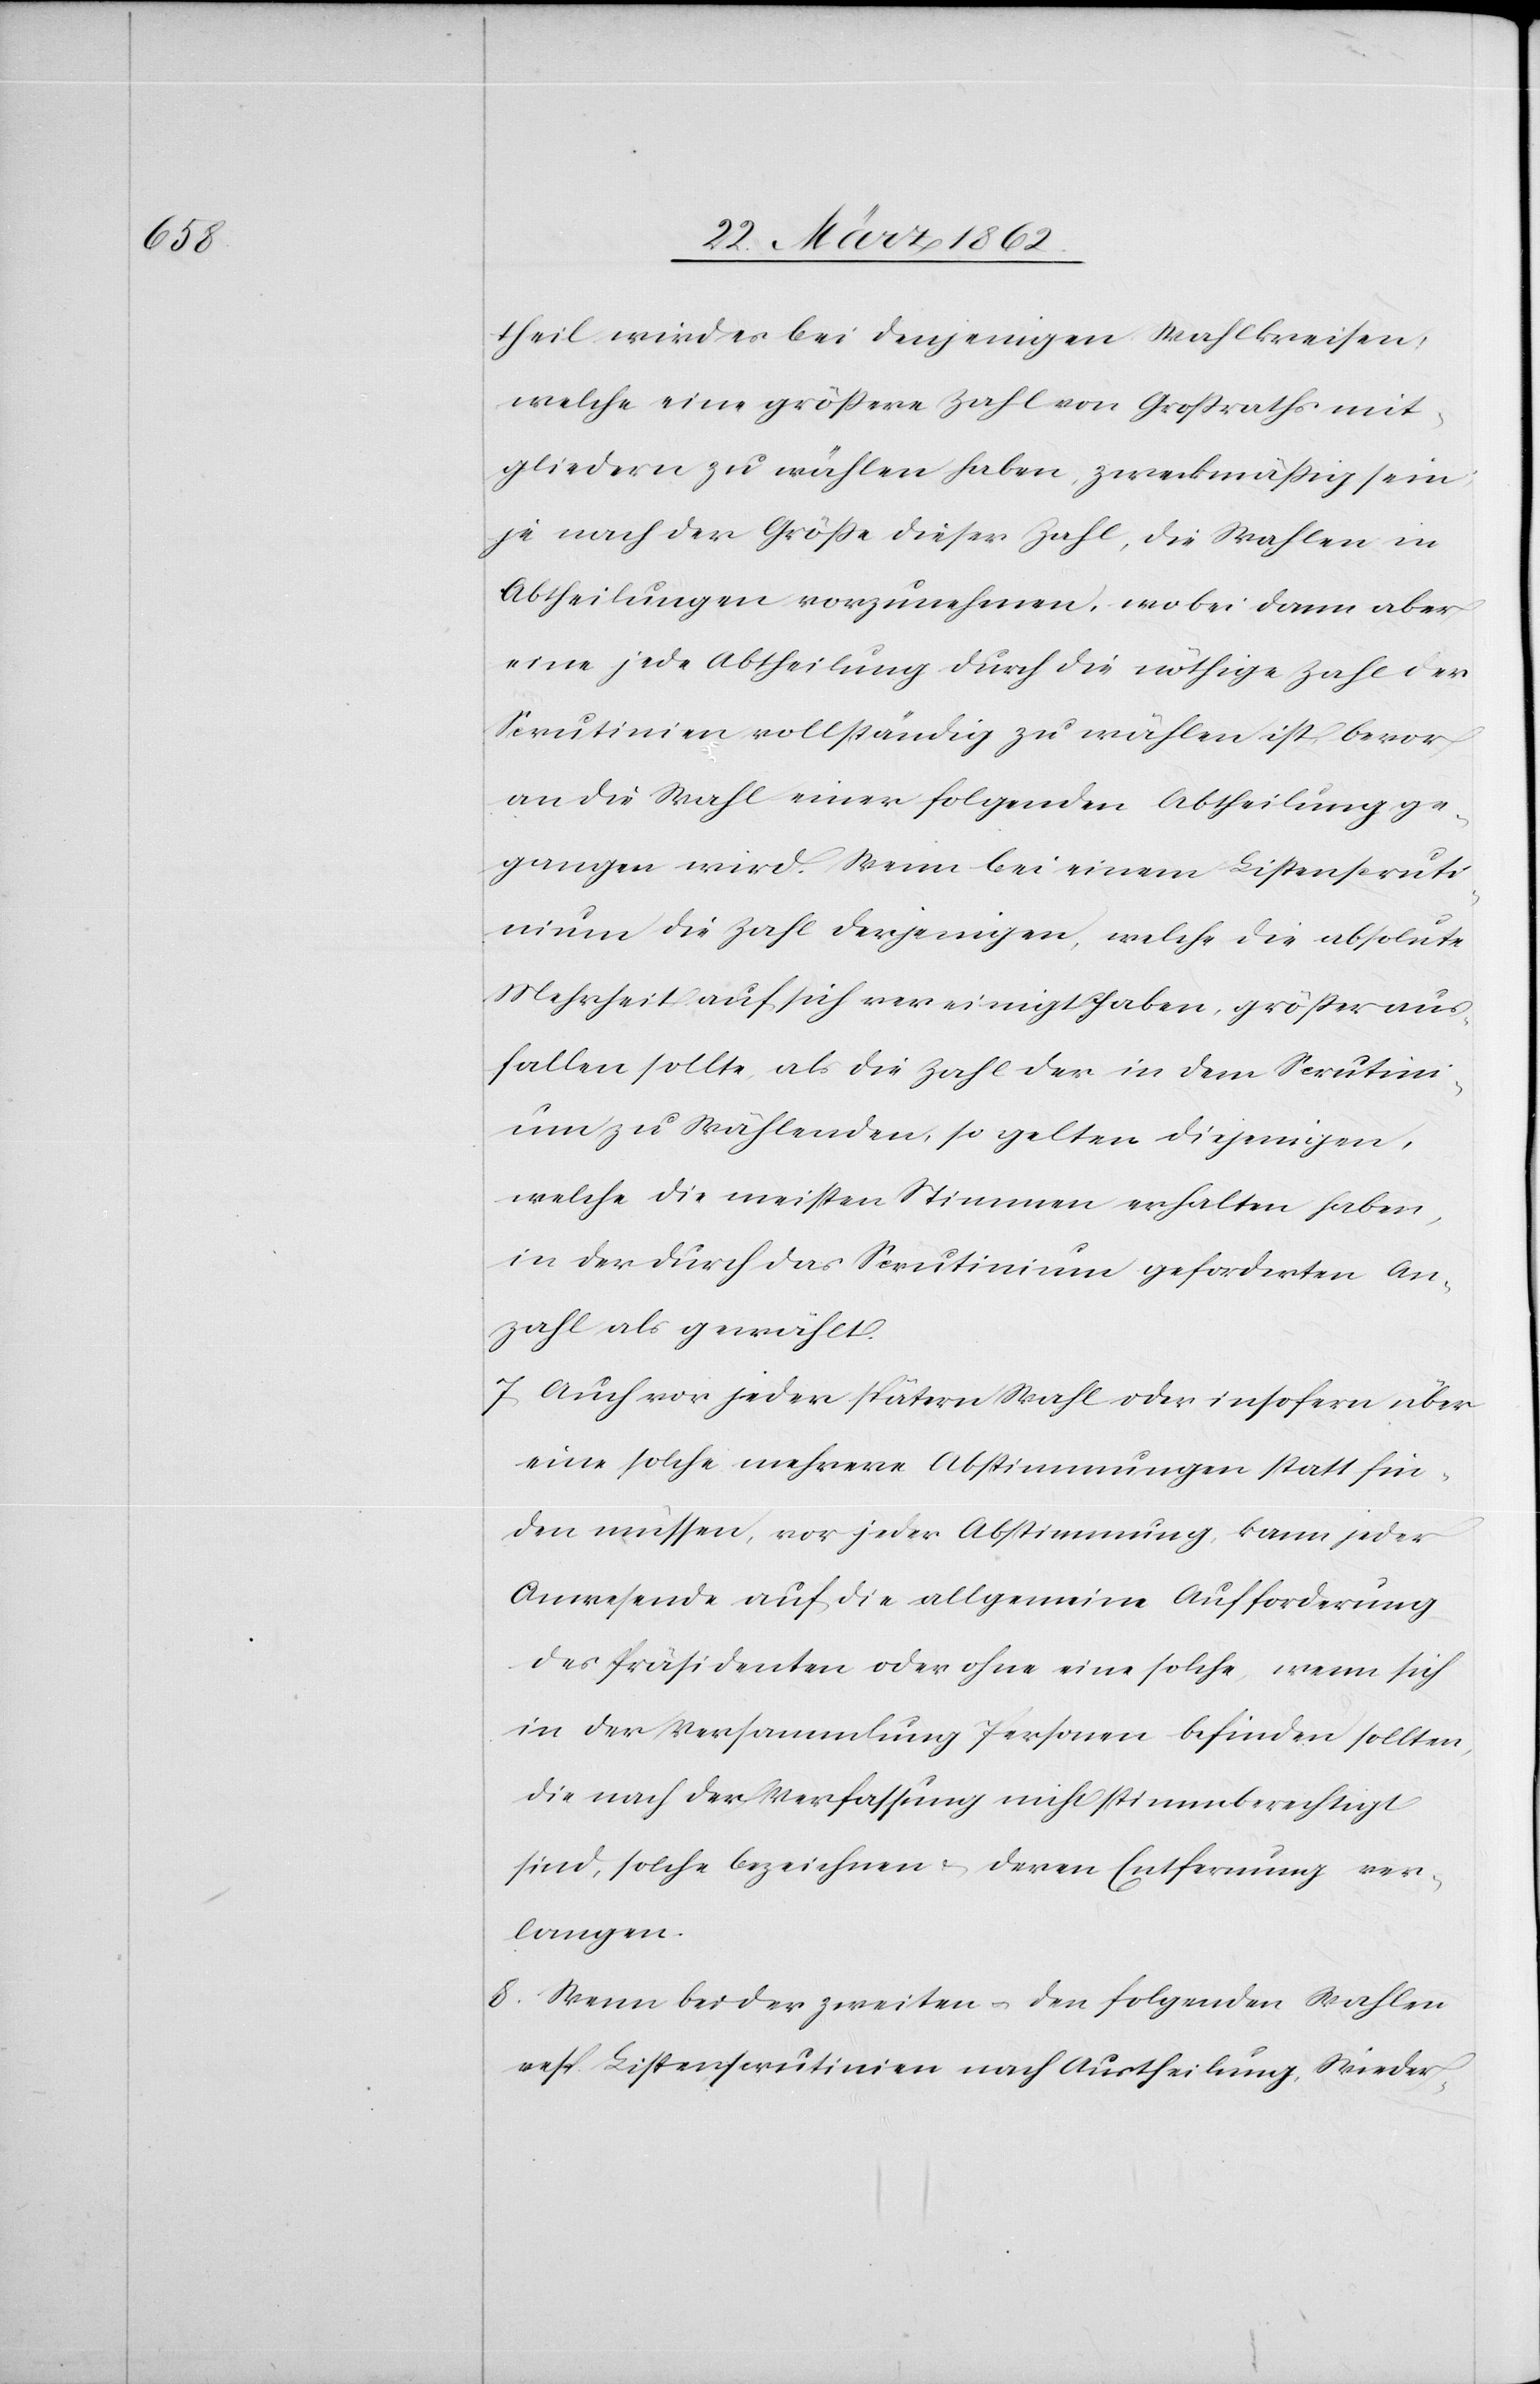
theil wird es bei denjenigen Wahlkreisen,
welche eine größere Zahl von Großrathsmit¬
gliedern zu wählen haben, zweckmäßig sein,
je nach der Größe dieser Zahl, die Wahlen in
Abtheilungen vorzunehmen, wobei dann aber
eine jede Abtheilung durch die nöthige Zahl der
Scrutinien vollständig zu wählen ist, bevor
an die Wahl einer folgenden Abtheilung ge¬
gangen wird. Wenn bei einem Listenscruti¬
nium die Zahl derjenigen, welche die absolute
Mehrheit auf sich vereinigt haben, größer aus¬
fallen sollte, als die Zahl der in dem Scrutin¬
ium zu Wählenden, so gelten diejenigen,
welche die meisten Stimmen erhalten haben,
in der durch das Scrutinium geforderten An¬
zahl als gewählt.
7) Auch vor jeder spätern Wahl oder insofern über
eine solche mehrere Abstimmungen statt fin¬
den müssen, vor jeder Abstimmung, kann jeder
Anwesende auf die allgemeine Aufforderung
des Präsidenten oder ohne eine solche, wenn sich
in der Versammlung Personen befinden sollten,
die nach der Verfassung nicht stimmberechtigt
sind, solche bezeichnen & deren Entfernung ver¬
langen.
8) Wenn bei der zweiten u. den folgenden Wahlen
resp. Listenscrutinien nach Austheilung, Wieder-